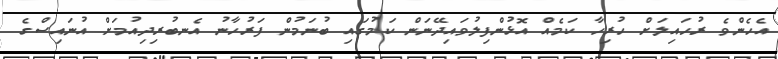
އެހެންވެ ރުހައިލަށް ހުރިހާ ކަމެއް އޮޅުންފިލުވައިދޭނަން ކަމުގައި ބުނަމުން ފަރުހާނު އެނބުރިދިއުމަށް އުނައިސްގެ